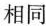
相同